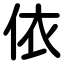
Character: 依